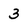
Character: 3